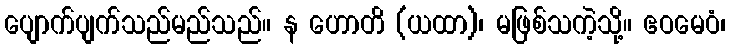
ပျောက်ပျက်သည်မည်သည်။ န ဟောတိ (ယထာ)၊ မဖြစ်သကဲ့သို့။ ဧဝမေဝံ၊